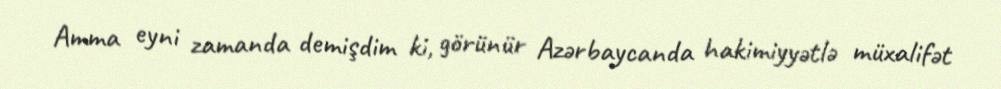
Amma eyni zamanda demişdim ki, görünür Azərbaycanda hakimiyyətlə müxalifət